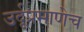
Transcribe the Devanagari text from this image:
उर्दूप्रमाणेच